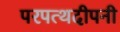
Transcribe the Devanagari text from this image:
परपत्थदीपनी